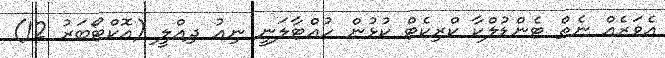
އެވަރެއް ނެތް ޓެންޑުލްކާ ކްރިކެޓް ކުޅުން ހުއްޓާލަނީ ނިއު ދިއްލީ (އޮކްޓޯބަރު 12)